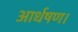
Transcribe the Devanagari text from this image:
आर्धषण।